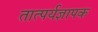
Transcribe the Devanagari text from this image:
तात्पर्यज्ञापक